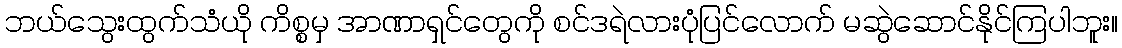
ဘယ်သွေးထွက်သံယို ကိစ္စမှ အာဏာရှင်တွေကို စင်ဒရဲလားပုံပြင်လောက် မဆွဲဆောင်နိုင်ကြပါဘူး။